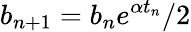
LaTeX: b_{n+1}=b_{n}e^{\alpha t_{n}}/2